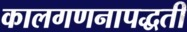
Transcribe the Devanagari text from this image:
कालगणनापद्धती